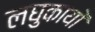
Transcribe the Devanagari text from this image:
लघुकायों